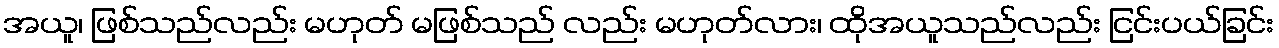
အယူ၊ ဖြစ်သည်လည်း မဟုတ် မဖြစ်သည် လည်း မဟုတ်လား၊ ထိုအယူသည်လည်း ငြင်းပယ်ခြင်း